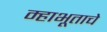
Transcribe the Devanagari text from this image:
म्हाभूताचे